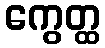
ကွေတ္ထ